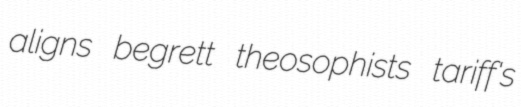
aligns begrett theosophists tariff's